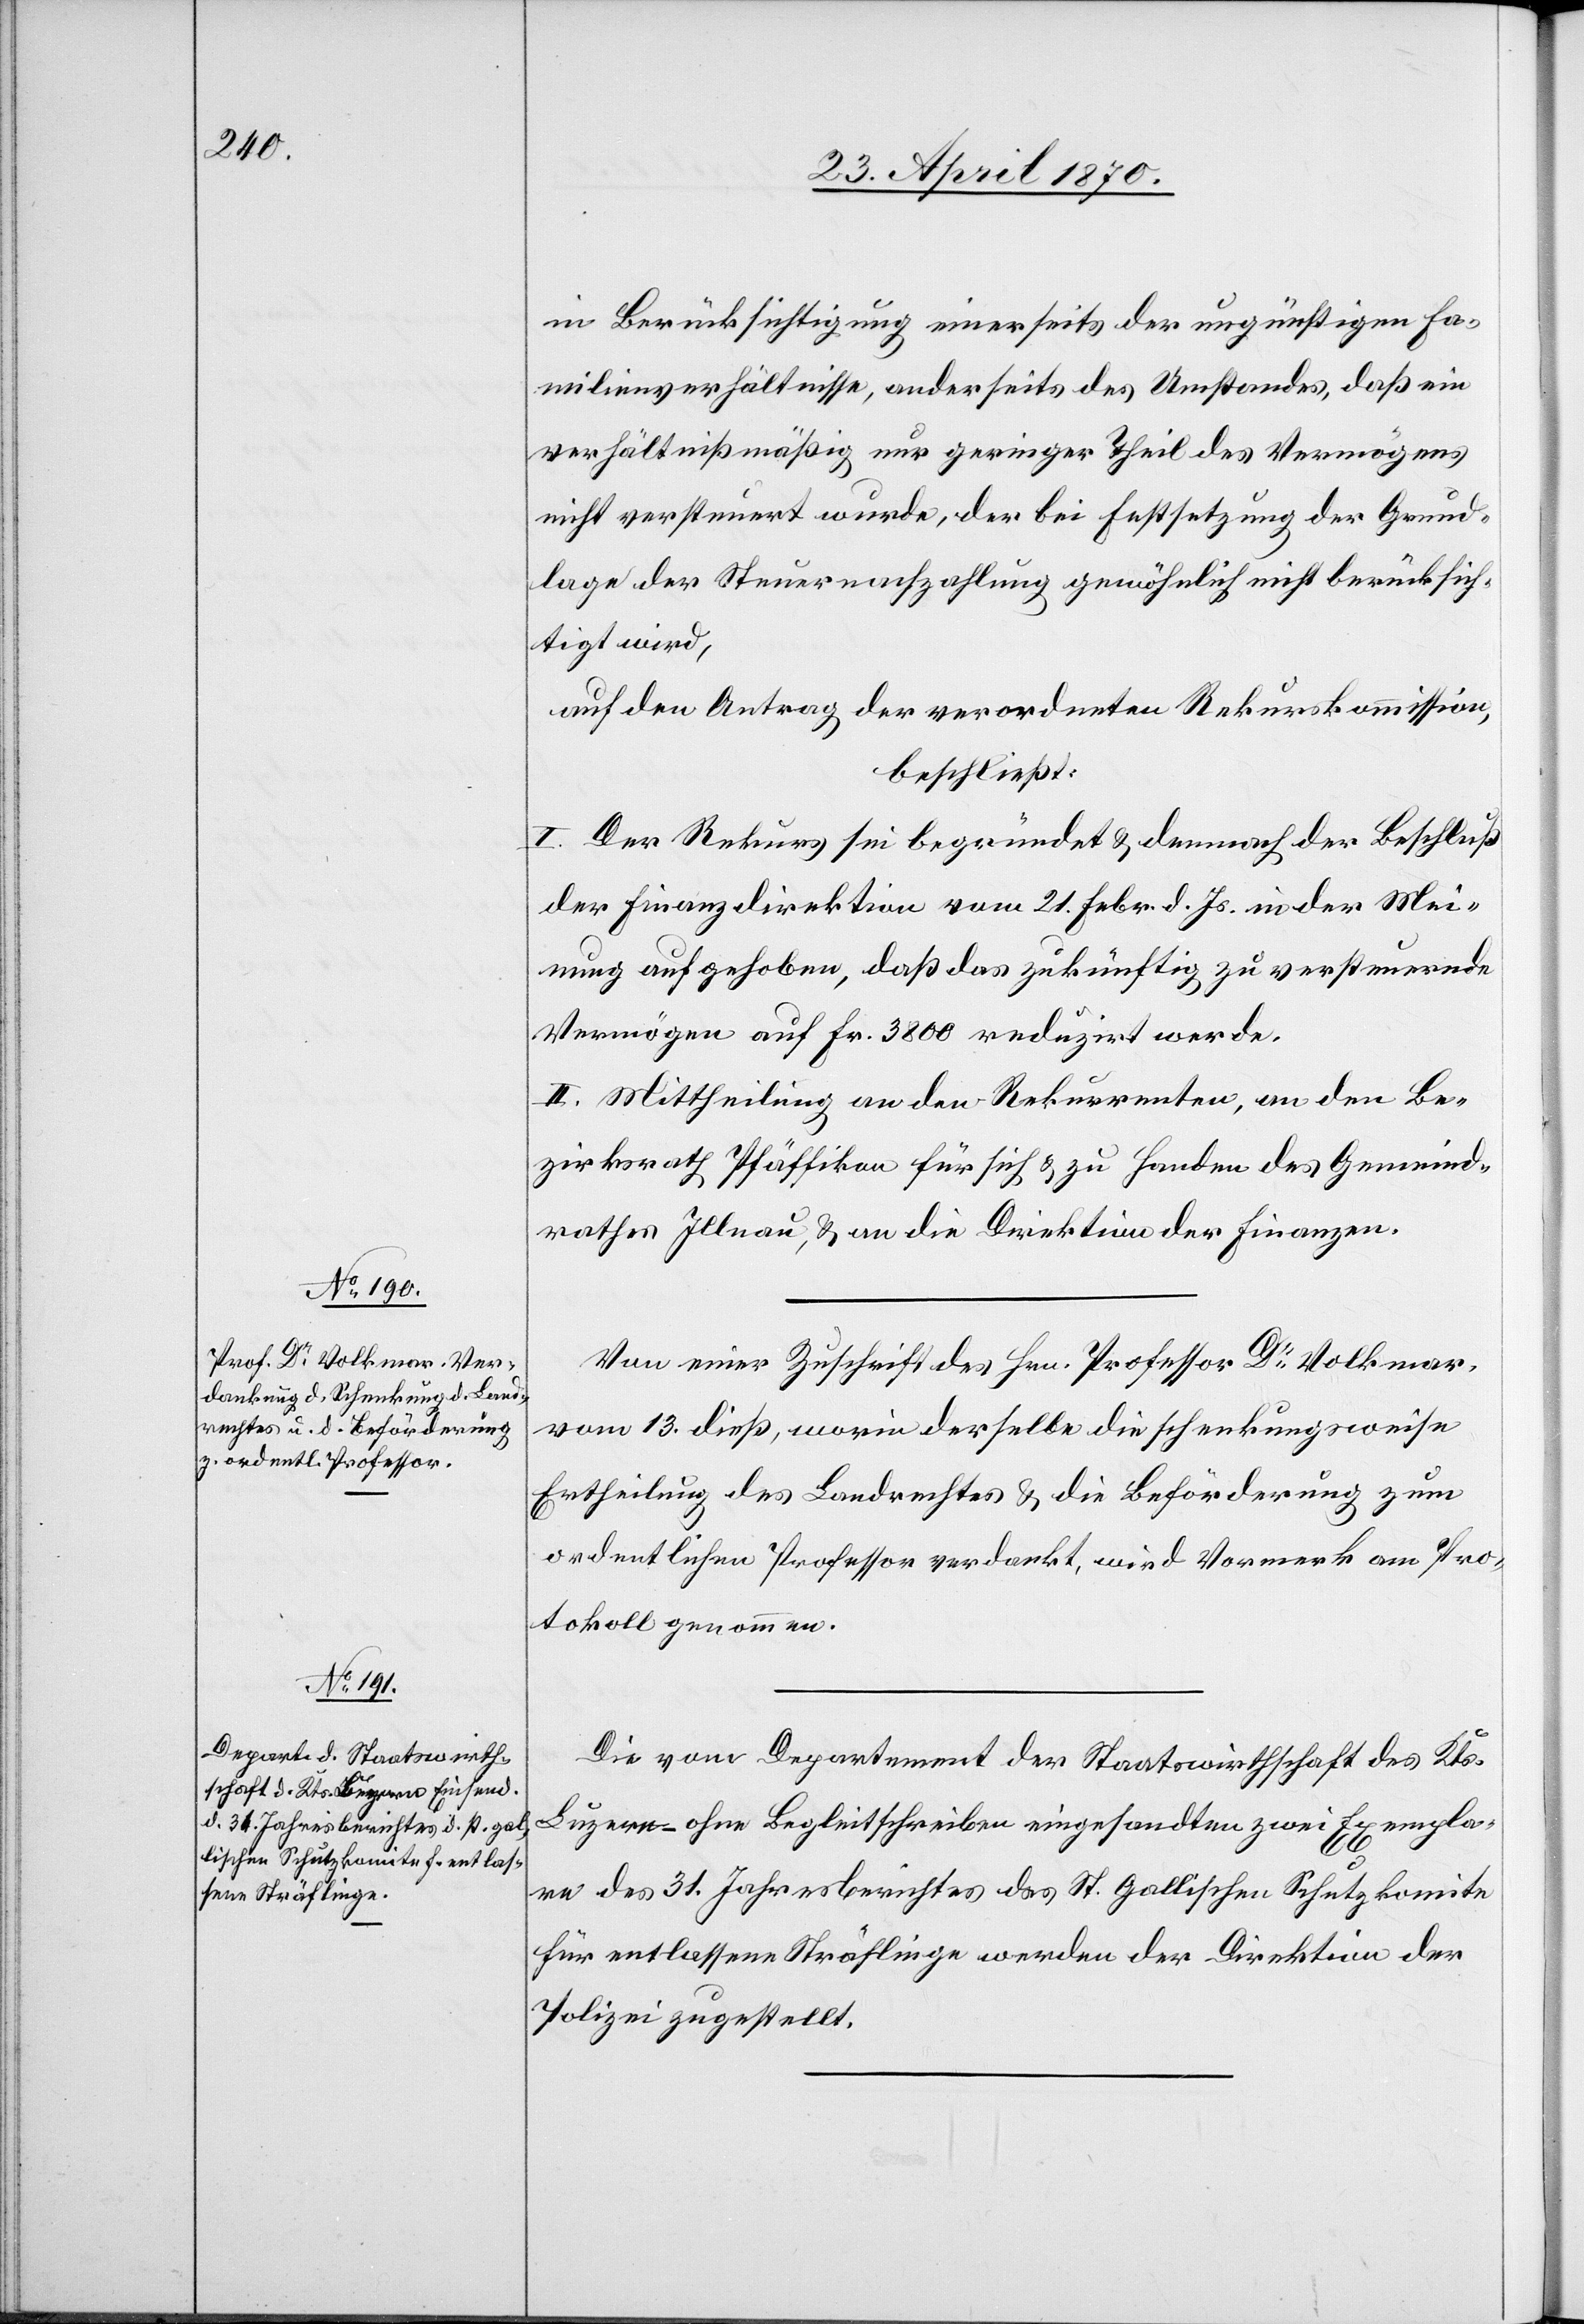
in Berücksichtigung einerseits der ungünstigen Fa¬
milienverhältnisse, anderseits des Umstandes, daß ein
verhältnißmäßig nur geringer Theil des Vermögens
nicht versteuert wurde, der bei Festsetzung der Grund¬
lage der Steuernachzahlung gewöhnlich nicht berücksich¬
tigt wird,
auf den Antrag der verordneten Rekurskommission,
beschließt:
I. Der Rekurs sei begründet & demnach der Beschluß
der Finanzdirektion vom 21. Febr. d. Js. in der Mei¬
nung aufgehoben, daß das zukünftig zu versteuernde
Vermögen auf Fr. 3800 reduzirt werde.
II. Mittheilung an den Rekurrenten, an den Be¬
zirksrath Pfäffikon für sich & zu Handen des Gemeind¬
rathes Illnau, & an die Direktion der Finanzen.
Von einer Zuschrift des Hrn. Professor Dr Volkmar,
vom 13. dieß, worin derselbe die schenkungsweise
Ertheilung des Landrechtes & die Beförderung zum
ordentlichen Professor verdankt, wird Vormerk am Pro¬
tokoll genommen.
Die vom Departement der Staatswirthschaft des Kts.
Luzern ohne Begleitschreiben eingesandten zwei Exempla¬
re des 31. Jahresberichtes des St. Gallischen Schutzkomite
für entlassene Sträflinge werden der Direktion der
Polizei zugestellt.